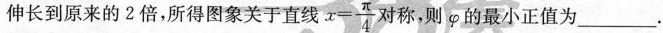
伸长到原来的2倍，所得图象关于直线 $$x = \frac { \pi } { 4 }$$ 对称，则φ的最小正值为__________。